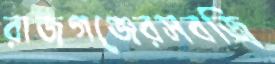
রাজগঞ্জেরসবজি